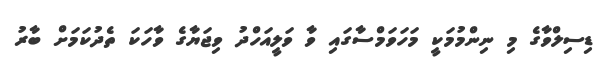
ޑިސިލްވާގެ މި ނިންމުމަކީ މަހަވަމްސާގައި ވާ ވަލީއަހްދު ވިޖަޔާގެ ވާހަކަ ތެދުކަމަށް ބާރު